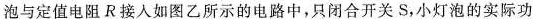
泡与定值电阻R接人如图乙所示的电路中，只闭合开关S，小灯泡的实际功